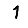
Digit: 1